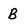
Character: B